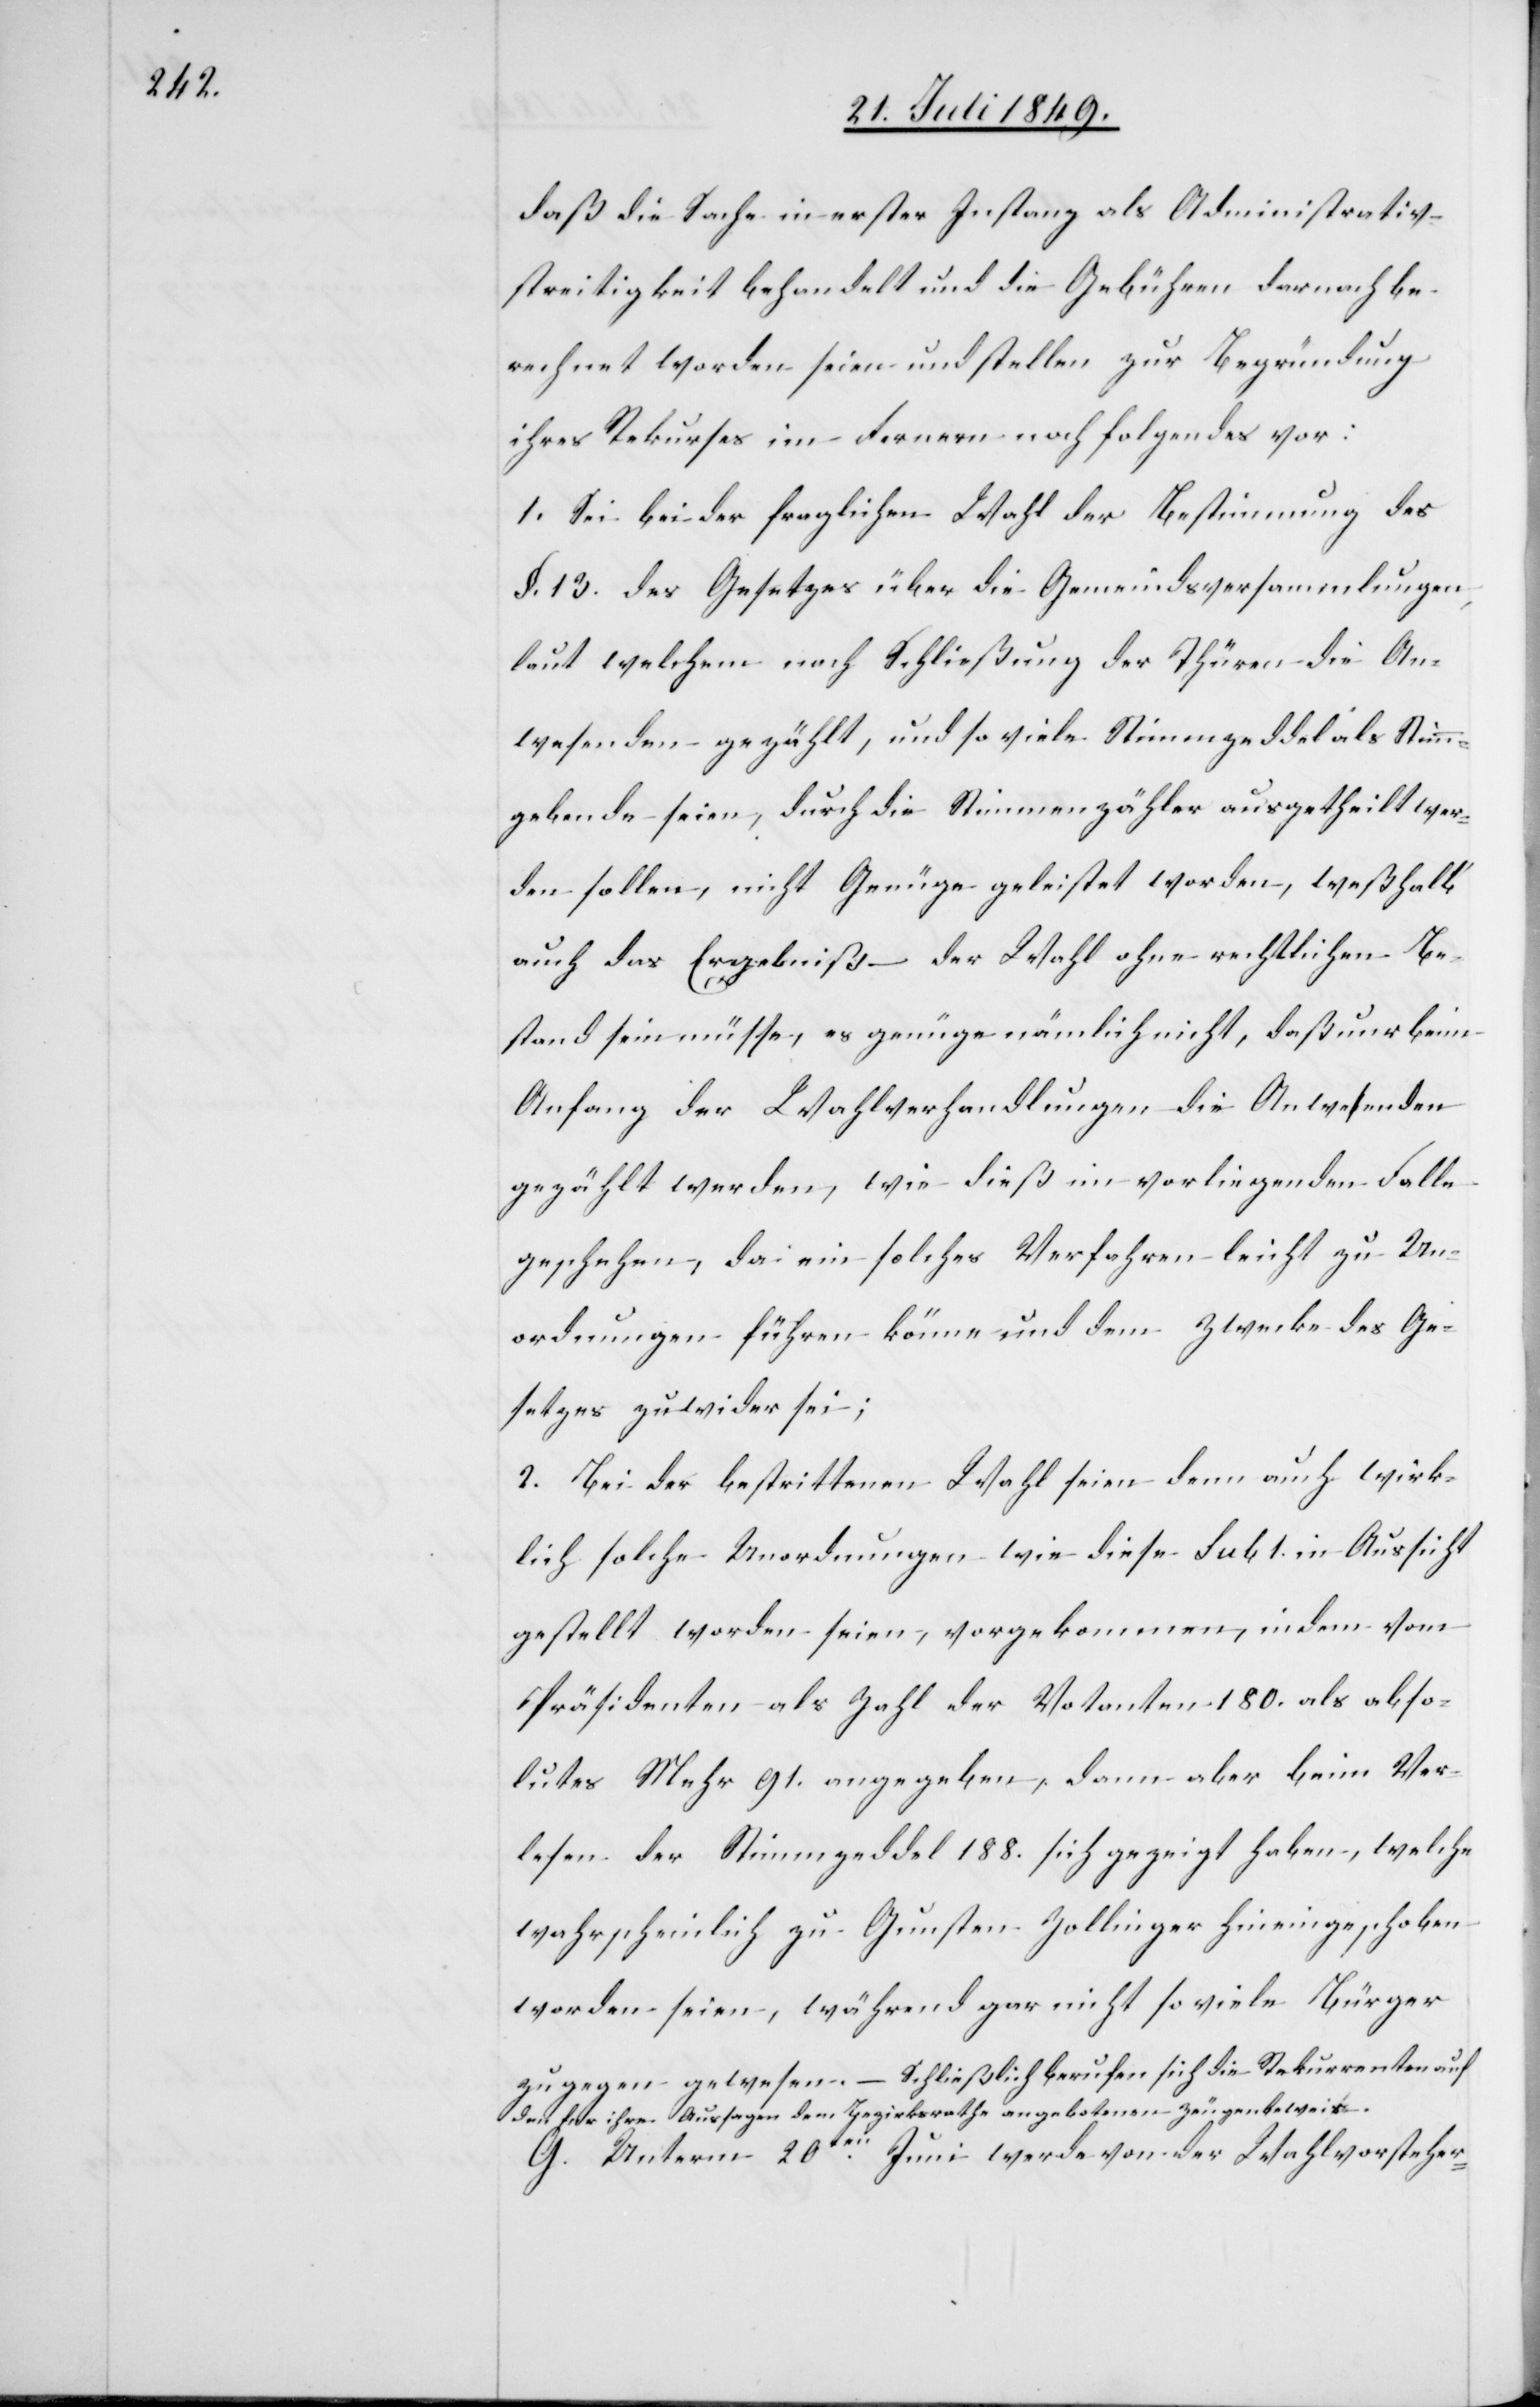
daß die Sache in erster Instanz als Administrativ¬
streitigkeit behandelt und die Gebühren darnach be¬
rechnet worden seien und stellen zur Begründung
ihres Rekurses im Fernern noch folgendes vor:
1. Sei bei der fraglichen Wahl der Bestimmung des
§. 13. des Gesetzes über die Gemeindsversammlungen,
laut welchem nach Schließung der Thüren die An¬
wesenden gezählt, und so viele Stimmzeddels Stimm¬
gebende seien, durch die Stimmenzähler ausgetheilt wer¬
den sollen, nicht Genüge geleistet worden, weßhalb
auch das Ergebniß – der Wahl ohne rechtlichen Bei¬
stand sein müsse, es genüge nämlich nicht, daß nur beim
Anfang der Wahlverhandllungen die Anwesenden
gezählt werden, wie dieß im vorliegenden Falle
geschehen, da ein solches Verfahren leicht zu Un¬
ordnungen führen könne und dem Zwecke des Ge¬
setzes zuwider sei;
2. Bei der bestrittenen Wahl seien denn auch wirk¬
lich solche Unordnungen wie diese sub 1. in Aussicht
gestellt worden seien, vorgekommen, indem vom
Präsidenten als Zahl der Votanten 180. als abso¬
lutes Mehr 91. angegeben, dann aber beim Ver¬
lesen der Stimmzeddel 188. sich gezeigt haben, welche
wahrscheinlich zu Gunsten Zollinger hineingeschoben
worden seien, während gar nicht so viele Bürger
zugegen gewesen. – Schließlich berufen sich die Rekurrenten auf
den für ihre Aussagen dem Bezirksrathe angebotenen Zeugenbeweis.
G. Unterm 20ten Juni werde von der Wahlvorsteher-